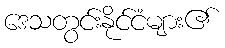
ဒေသတွင်းနိုင်ငံများ၏